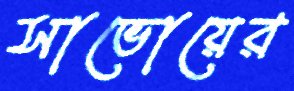
সাভোয়ের